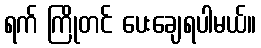
ရက် ကြိုတင် ပေးချေရပါမယ်။